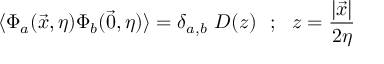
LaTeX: \langle \Phi _ { a } ( \vec { x } , \eta ) \Phi _ { b } ( \vec { 0 } , \eta ) \rangle = \delta _ { a , b } ~ D ( z ) ~ ~ ; ~ ~ z = \frac { | \vec { x } | } { 2 \eta }